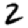
Digit: 2